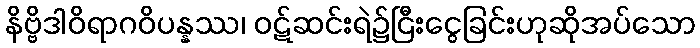
နိဗ္ဗိဒါဝိရာဂဝိပန္နဿ၊ ဝဋ်ဆင်းရဲ၌ငြီးငွေခြင်းဟုဆိုအပ်သော